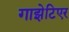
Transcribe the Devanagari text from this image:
गाझेटिएर